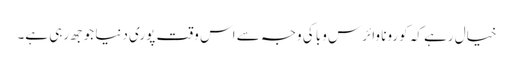
خیال رہے کہ کورونا وائرس وبا کی وجہ سے اس وقت پوری دنیا جوجھ رہی ہے۔